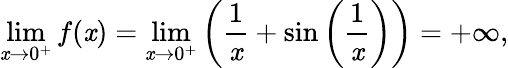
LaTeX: \operatorname*{lim}_{\mathit{x}\to0^{+}}f(\mathit{x})=\operatorname*{lim}_{\mathit{x}\to0^{+}}\left({\frac{{1}}{{\mathit{x}}}}+\sin\left({\frac{{1}}{{\mathit{x}}}}\right)\right)=+\infty,